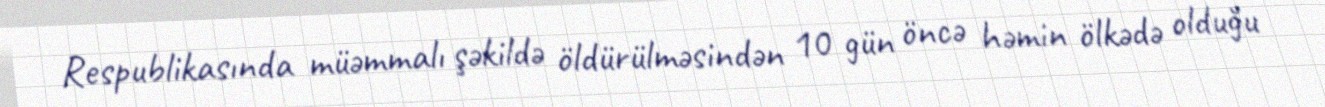
Respublikasında müəmmalı şəkildə öldürülməsindən 10 gün öncə həmin ölkədə olduğu